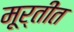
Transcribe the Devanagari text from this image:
मूर्तींत